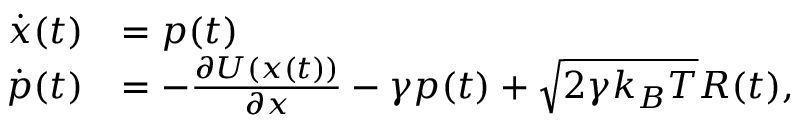
\begin{array} { r l } { \dot { \ensuremath { \boldsymbol { { x } } } } ( t ) } & { = { \ensuremath { \boldsymbol { p } } ( t ) } } \\ { \dot { \ensuremath { \boldsymbol { p } } } ( t ) } & { = - \frac { \partial U ( \ensuremath { \boldsymbol { { x } } } ( t ) ) } { \partial \ensuremath { \boldsymbol { { x } } } } - \gamma \ensuremath { \boldsymbol { p } } ( t ) + \sqrt { 2 \gamma k _ { B } T } \ensuremath { \boldsymbol { R } } ( t ) , } \end{array}